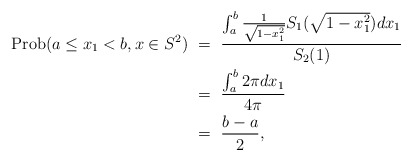
\begin{align*}{\rm Prob}(a\leq x_1<b,x\in S^2) &\ = \ \frac{\int_a^b\frac{1}{\sqrt{1-x_1^2}}S_{1}(\sqrt{1-x_1^2}) dx_1}{S_2(1)}\\&\ = \ \frac{\int_a^b2\pi dx_1}{4\pi }\\&\ = \ \frac{b-a}{2},\end{align*}